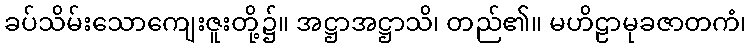
ခပ်သိမ်းသောကျေးဇူးတို့၌။ အဋ္ဌာအဋ္ဌာသိ၊ တည်၏။ မဟိဠာမုခဇာတကံ၊